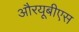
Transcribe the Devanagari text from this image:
औरयूबीएस